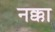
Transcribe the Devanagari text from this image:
नक्का